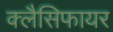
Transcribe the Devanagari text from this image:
क्लैसिफायर